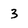
Character: 3